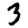
Digit: 3